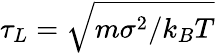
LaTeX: \tau_{L}=\sqrt{m\sigma^{2}/k_{B}T}